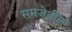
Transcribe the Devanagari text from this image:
समजेतील